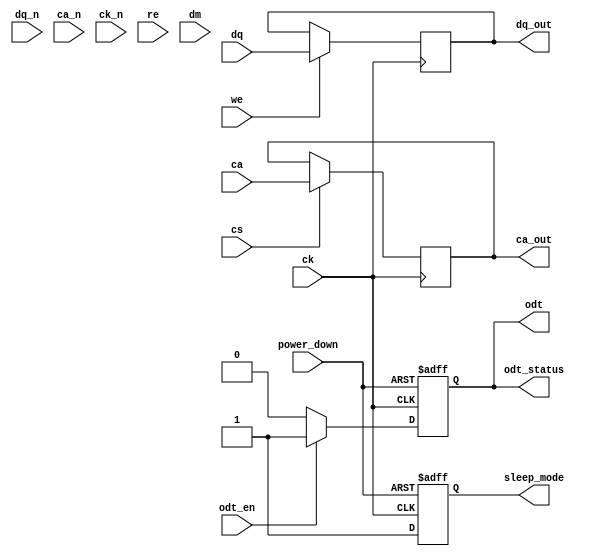
module lpddr4_io_block (
    // Differential Data Lines
    input wire [15:0] dq,       // Data lines
    input wire [15:0] dq_n,     // Complementary Data lines
    // Command/Address Lines
    input wire [3:0] ca,        // Command/Address lines
    input wire [3:0] ca_n,      // Complementary Command/Address lines
    // Clock Signals
    input wire ck,              // Clock
    input wire ck_n,            // Complementary Clock
    // Control Signals
    input wire cs,              // Chip Select
    input wire we,              // Write Enable
    input wire re,              // Read Enable
    input wire [1:0] dm,        // Data Mask
    // On-Die Termination Control
    input wire odt_en,          // ODT Enable
    output wire odt,            // On-Die Termination
    // Power Management
    input wire power_down,      // Power Down Control
    output wire sleep_mode,     // Sleep Mode Status
    // Output for Testing
    output wire [15:0] dq_out,  // Output Data Lines
    output wire [3:0] ca_out,   // Output Command/Address Lines
    output wire odt_status       // ODT Status
);

// Internal signals
reg [15:0] dq_reg;
reg [3:0] ca_reg;
reg odt_reg;
reg sleep_reg;

// On-Die Termination Logic
always @(posedge ck or negedge power_down) begin
    if (!power_down) begin
        odt_reg <= 1'b0; // Disable ODT in power down
    end else if (odt_en) begin
        odt_reg <= 1'b1; // Enable ODT
    end else begin
        odt_reg <= 1'b0; // Disable ODT
    end
end

assign odt = odt_reg;
assign odt_status = odt_reg;

// Sleep Mode Logic
always @(posedge ck or negedge power_down) begin
    if (!power_down) begin
        sleep_reg <= 1'b0; // Exit sleep mode
    end else begin
        sleep_reg <= 1'b1; // Enter sleep mode
    end
end

assign sleep_mode = sleep_reg;

// Data Handling Logic
always @(posedge ck) begin
    if (we) begin
        dq_reg <= dq; // Capture data on write enable
    end
end

assign dq_out = dq_reg;

// Command/Address Handling Logic
always @(posedge ck) begin
    if (cs) begin
        ca_reg <= ca; // Capture command/address on chip select
    end
end

assign ca_out = ca_reg;

// Additional features such as signal integrity, timing control, and BIST can be added here.

endmodule